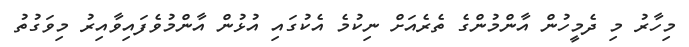
މިހާރު މި ދެމީހުން އާންމުންގެ ތެރެއަށް ނިކުމެ އެކުގައި އުޅުން އާންމުވެފައިވާއިރު މިވަގުތު